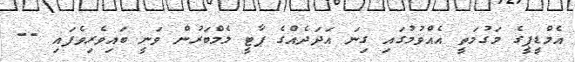
އެމްޑީޕީގެ މަގުމަތީ އެއްވުމުގައި ގިނަ އަދަދެއްގެ ޕާޓީ މެމްބަރުން ވަނީ ބައިވެރިވެފައި --